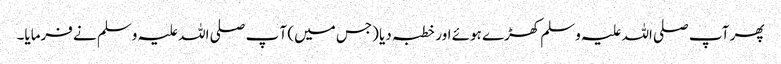
پھر آپ صلی اللہ علیہ وسلم کھڑے ہوئے اور خطبہ دیا (جس میں) آ پ صلی اللہ علیہ وسلم نے فرمایا۔